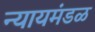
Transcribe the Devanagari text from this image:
न्यायमंडळ